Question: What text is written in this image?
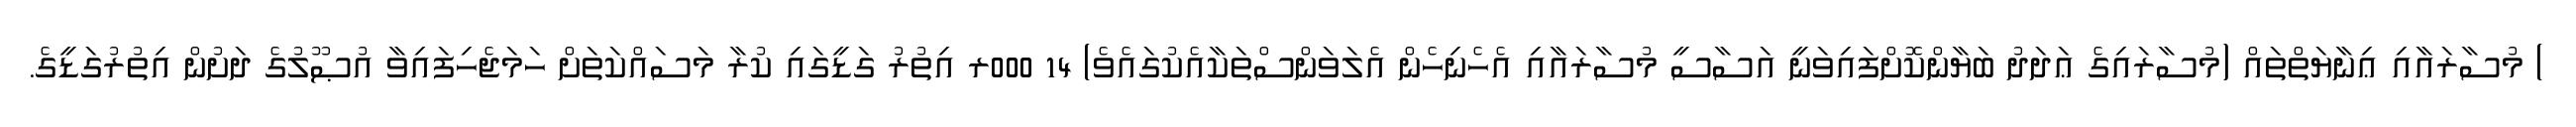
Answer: ) މުސާރައާއި ޢިނާޔަތްތައް (މުސާރައިގެ ޢަދަދު ބަޔާންކޮށްފައިވަނީ އަސާސީ މުސާރައާއި އެހެނިހެން އެލަވަންސްތަކާއެކުގައެވެ) 14 000ރ އިތުރު ގަޑީގައި ކުރާ މަސައްކަތަށް ހަމަޖެހިފައިވާ އުޞޫލުގެ ދަށުން އިތުރުގަޑީގެ.